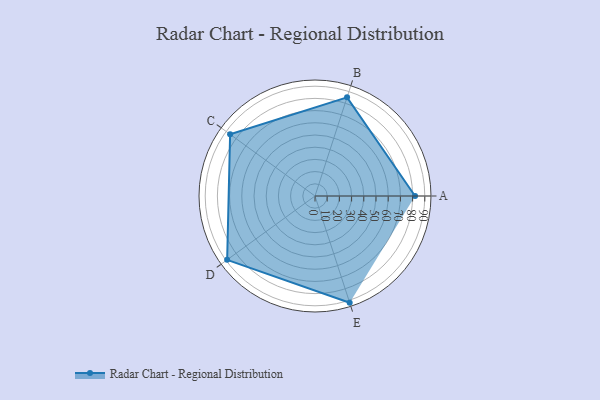
{"axis": {"x": "Skill", "y": "Score"}, "legend": ["Profile"], "data": [{"x": "A", "y": 82.0, "type": "Profile"}, {"x": "B", "y": 85.0, "type": "Profile"}, {"x": "C", "y": 86.0, "type": "Profile"}, {"x": "D", "y": 89.0, "type": "Profile"}, {"x": "E", "y": 92.0, "type": "Profile"}]}